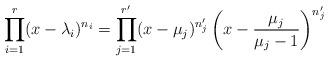
LaTeX: \begin{align*} \prod\limits_{i=1}^r (x - \lambda_i)^{n_i} = \prod\limits_{j=1}^{r^\prime} (x - \mu_j)^{n_j^\prime} \left( x - \frac{\mu_j}{\mu_j - 1}\right)^{n_j^\prime}\end{align*}